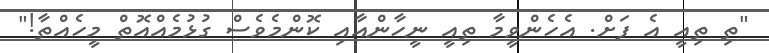
"ތި ތިއީ އެ ފަށް. އެހެންވީމާ ތިއީ ނީީހާންއާއި ކޮންމެވެސް ގުޅުމެއްއޮތް މީހެއްތާ!"